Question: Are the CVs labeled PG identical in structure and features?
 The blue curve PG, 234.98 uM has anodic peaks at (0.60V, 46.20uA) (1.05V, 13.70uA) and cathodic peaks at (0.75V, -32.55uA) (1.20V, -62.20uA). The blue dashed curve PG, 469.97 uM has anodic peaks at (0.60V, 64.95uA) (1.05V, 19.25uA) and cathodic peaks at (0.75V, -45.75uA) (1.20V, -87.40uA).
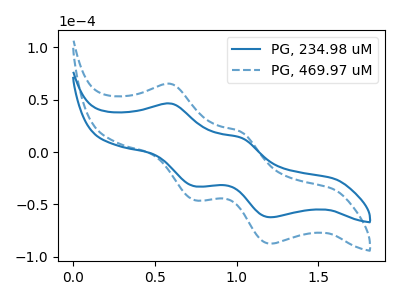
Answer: <think>All the peaks in "PG, 234.98 uM" have a peak in "PG, 469.97 uM" at the same potential. Every peak in "PG, 234.98 uM" is lower than every peak in "PG, 469.97 uM".
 </think>
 <answer>All the CV's of "PG" have similar shape.</answer>
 <eval>follow_rule</eval>